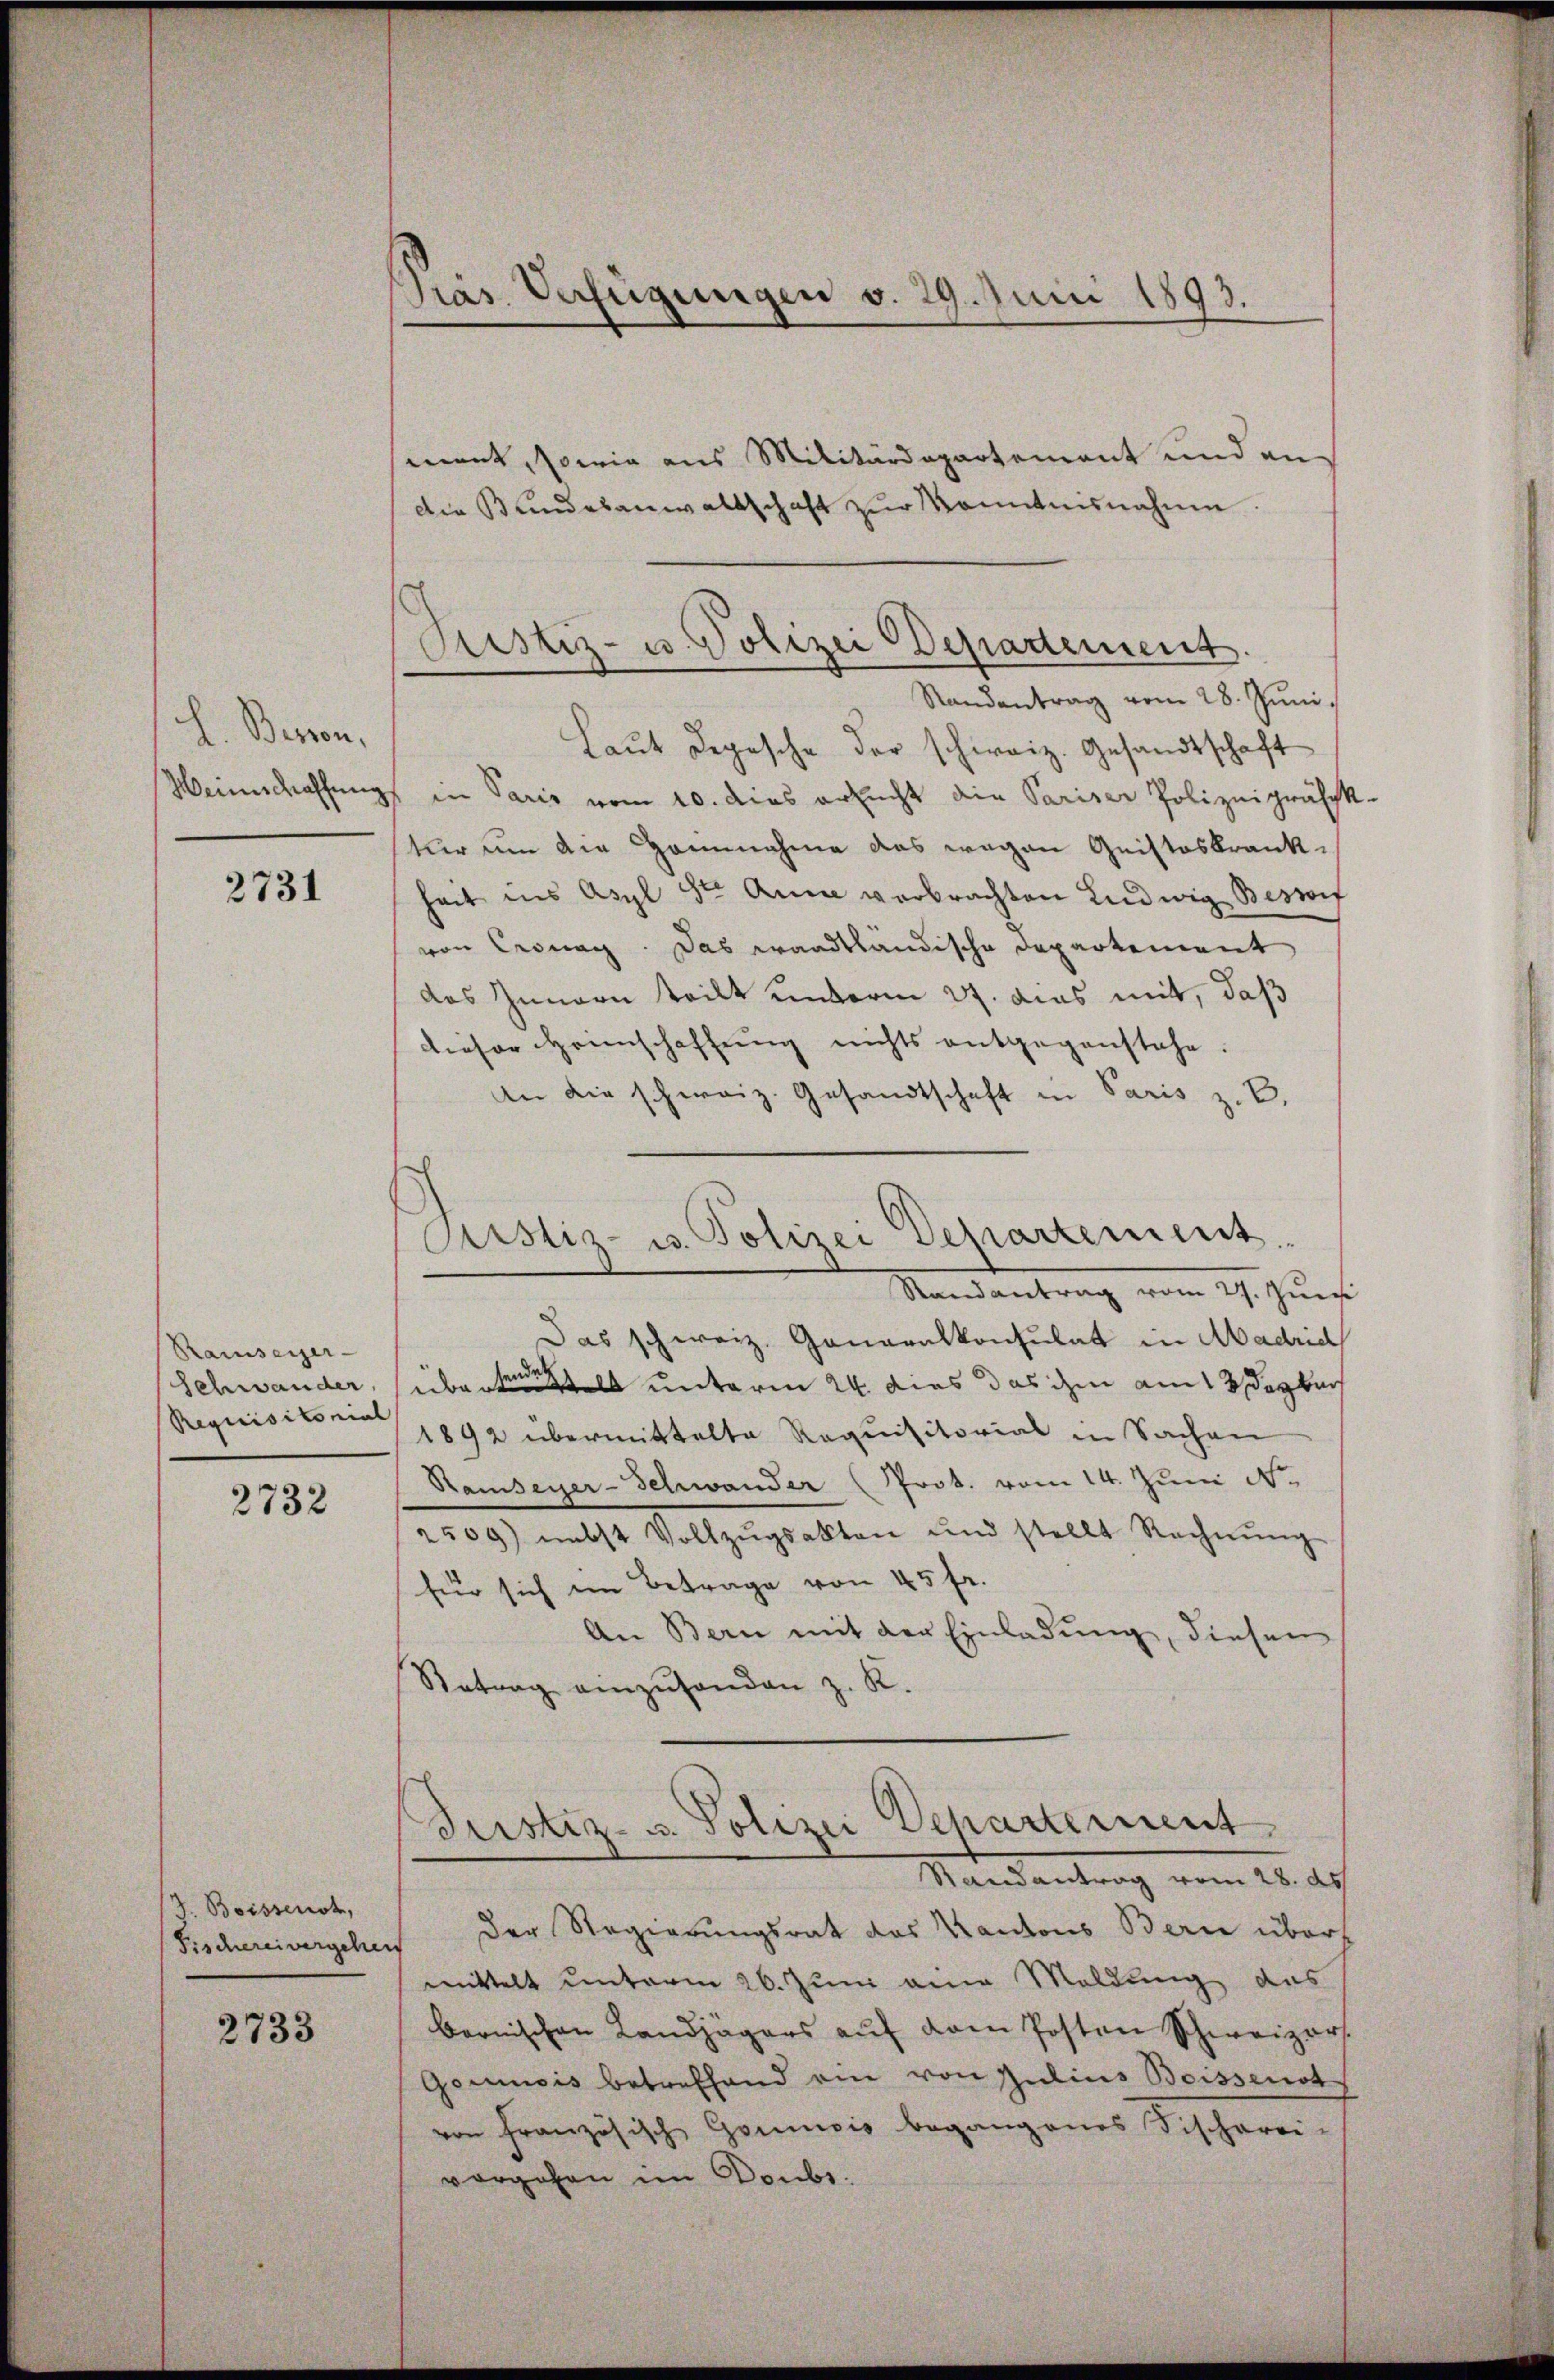
L. Beron,
Weinschaffung

2731

Ramseyer-
Schwander,
Requisitonial

2732

Z. Boissenst,

2733

Pias Verfügungen v. 29. Juni 1893.

ment, sowie aus Militärdepartement und an
Die Bundesanwaltschaft zŭr Kenntnisnahme.
Laut Depesche der schweiz. Gesandtschaft
in Paris vom 10. dies ersucht die Pariser Polizeipräsek
tur um die Hannahme das wegen Quistoskrankheit ins Asyl ste Anna verbrachten Ludwig Bestif
von Cronag. Das waadtländische Departement
das Innern teilt unterm 27. dies mit, daß
dieser Heimschaffung nichts entgegenstehe.
An die schweiz. Gesandtschaft in Paris z. B.
Randantrag vom 27. Juni
Das schweiz. Generalkonsulat in Madrid
übertrage unterm 24. dies das ihm am 3 Dezbr
1892 übermittelte Requisitorial in Sachen
Ramseyer-Schwander (Prot. vom 14. Juni N.
2509) nebst Vollzŭgsakten und stellt Rechnŭng
für sich ein Betrage von 45 fr.
An Bern mit der Einladung, diesen
Retrag einzŭsenden z. K.
Justiz- u. Polizei Departement
Mandantrag vom 16. d.
Fischereivergehen der Regierungsrat des Kantons Berne übers
mittelt unterm 26. Juni eine Meldung des
bernischen Landjägers auf dem Posten Schweizer
Gommisis betreffend ein von Julius Boissenot
von Französische Goumois begangenes Fischerei-
vorgehen im Doubs.

Justiz- u. Polizei Departement.
Randantrag vom 28. Juni,

Arstiz- u. Polizei Departement